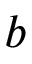
b